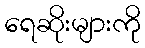
ရေဆိုးများကို